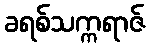
ခရစ်သက္ကရာဇ်